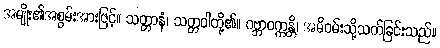
အမျိုး၏အစွမ်းအားဖြင့်။ သတ္တာနံ၊ သတ္တဝါတို့၏။ ဂဗ္ဘာဝက္ကန္တိ၊ အမိဝမ်းသို့သက်ခြင်းသည်။